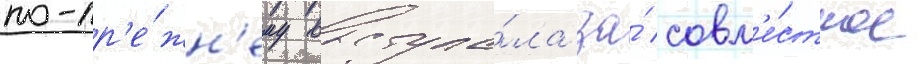
по-пр'е́жн'ему выступа́ла за́ совм'е́стное